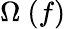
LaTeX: \Omega\ (f)